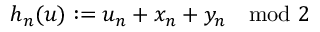
h _ { n } ( u ) : = u _ { n } + x _ { n } + y _ { n } \mod 2